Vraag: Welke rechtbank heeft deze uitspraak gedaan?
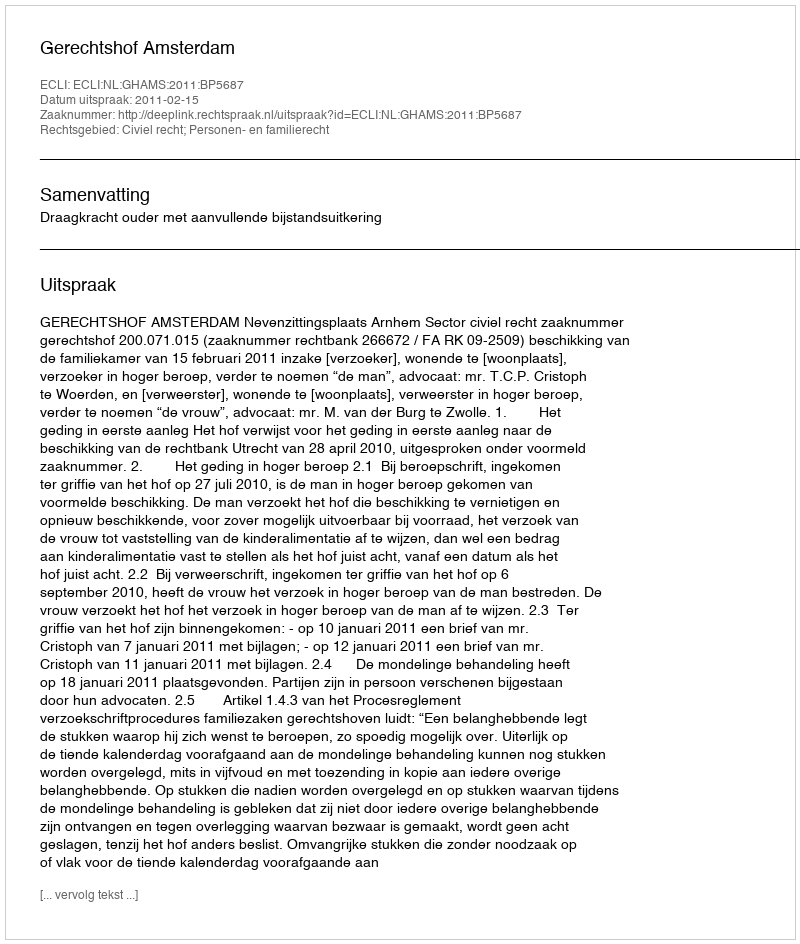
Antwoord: Gerechtshof Amsterdam